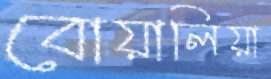
বোয়ালিয়া